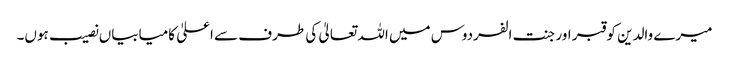
میرے والدین کو قبر اور جنت الفردوس میں اللہ تعالیٰ کی طرف سے اعلیٰ کامیابیاں نصیب ہوں۔